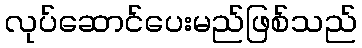
လုပ်ဆောင်ပေးမည်ဖြစ်သည်